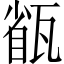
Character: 㼳